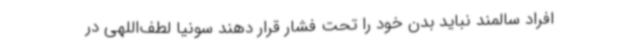
افراد سالمند نباید بدن خود را تحت فشار قرار دهند سونیا لطف‌اللهی در